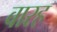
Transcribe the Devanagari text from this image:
बारह